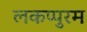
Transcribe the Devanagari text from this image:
लकप्पुरम